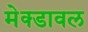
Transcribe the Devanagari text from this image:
मेक्डावल